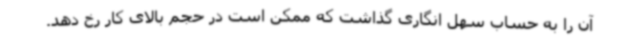
آن را به حساب سهل انگاری گذاشت که ممکن است در حجم بالای کار رخ دهد.